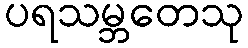
ပရသမ္ဘတေသု